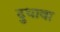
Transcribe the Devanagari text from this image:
दुधावा